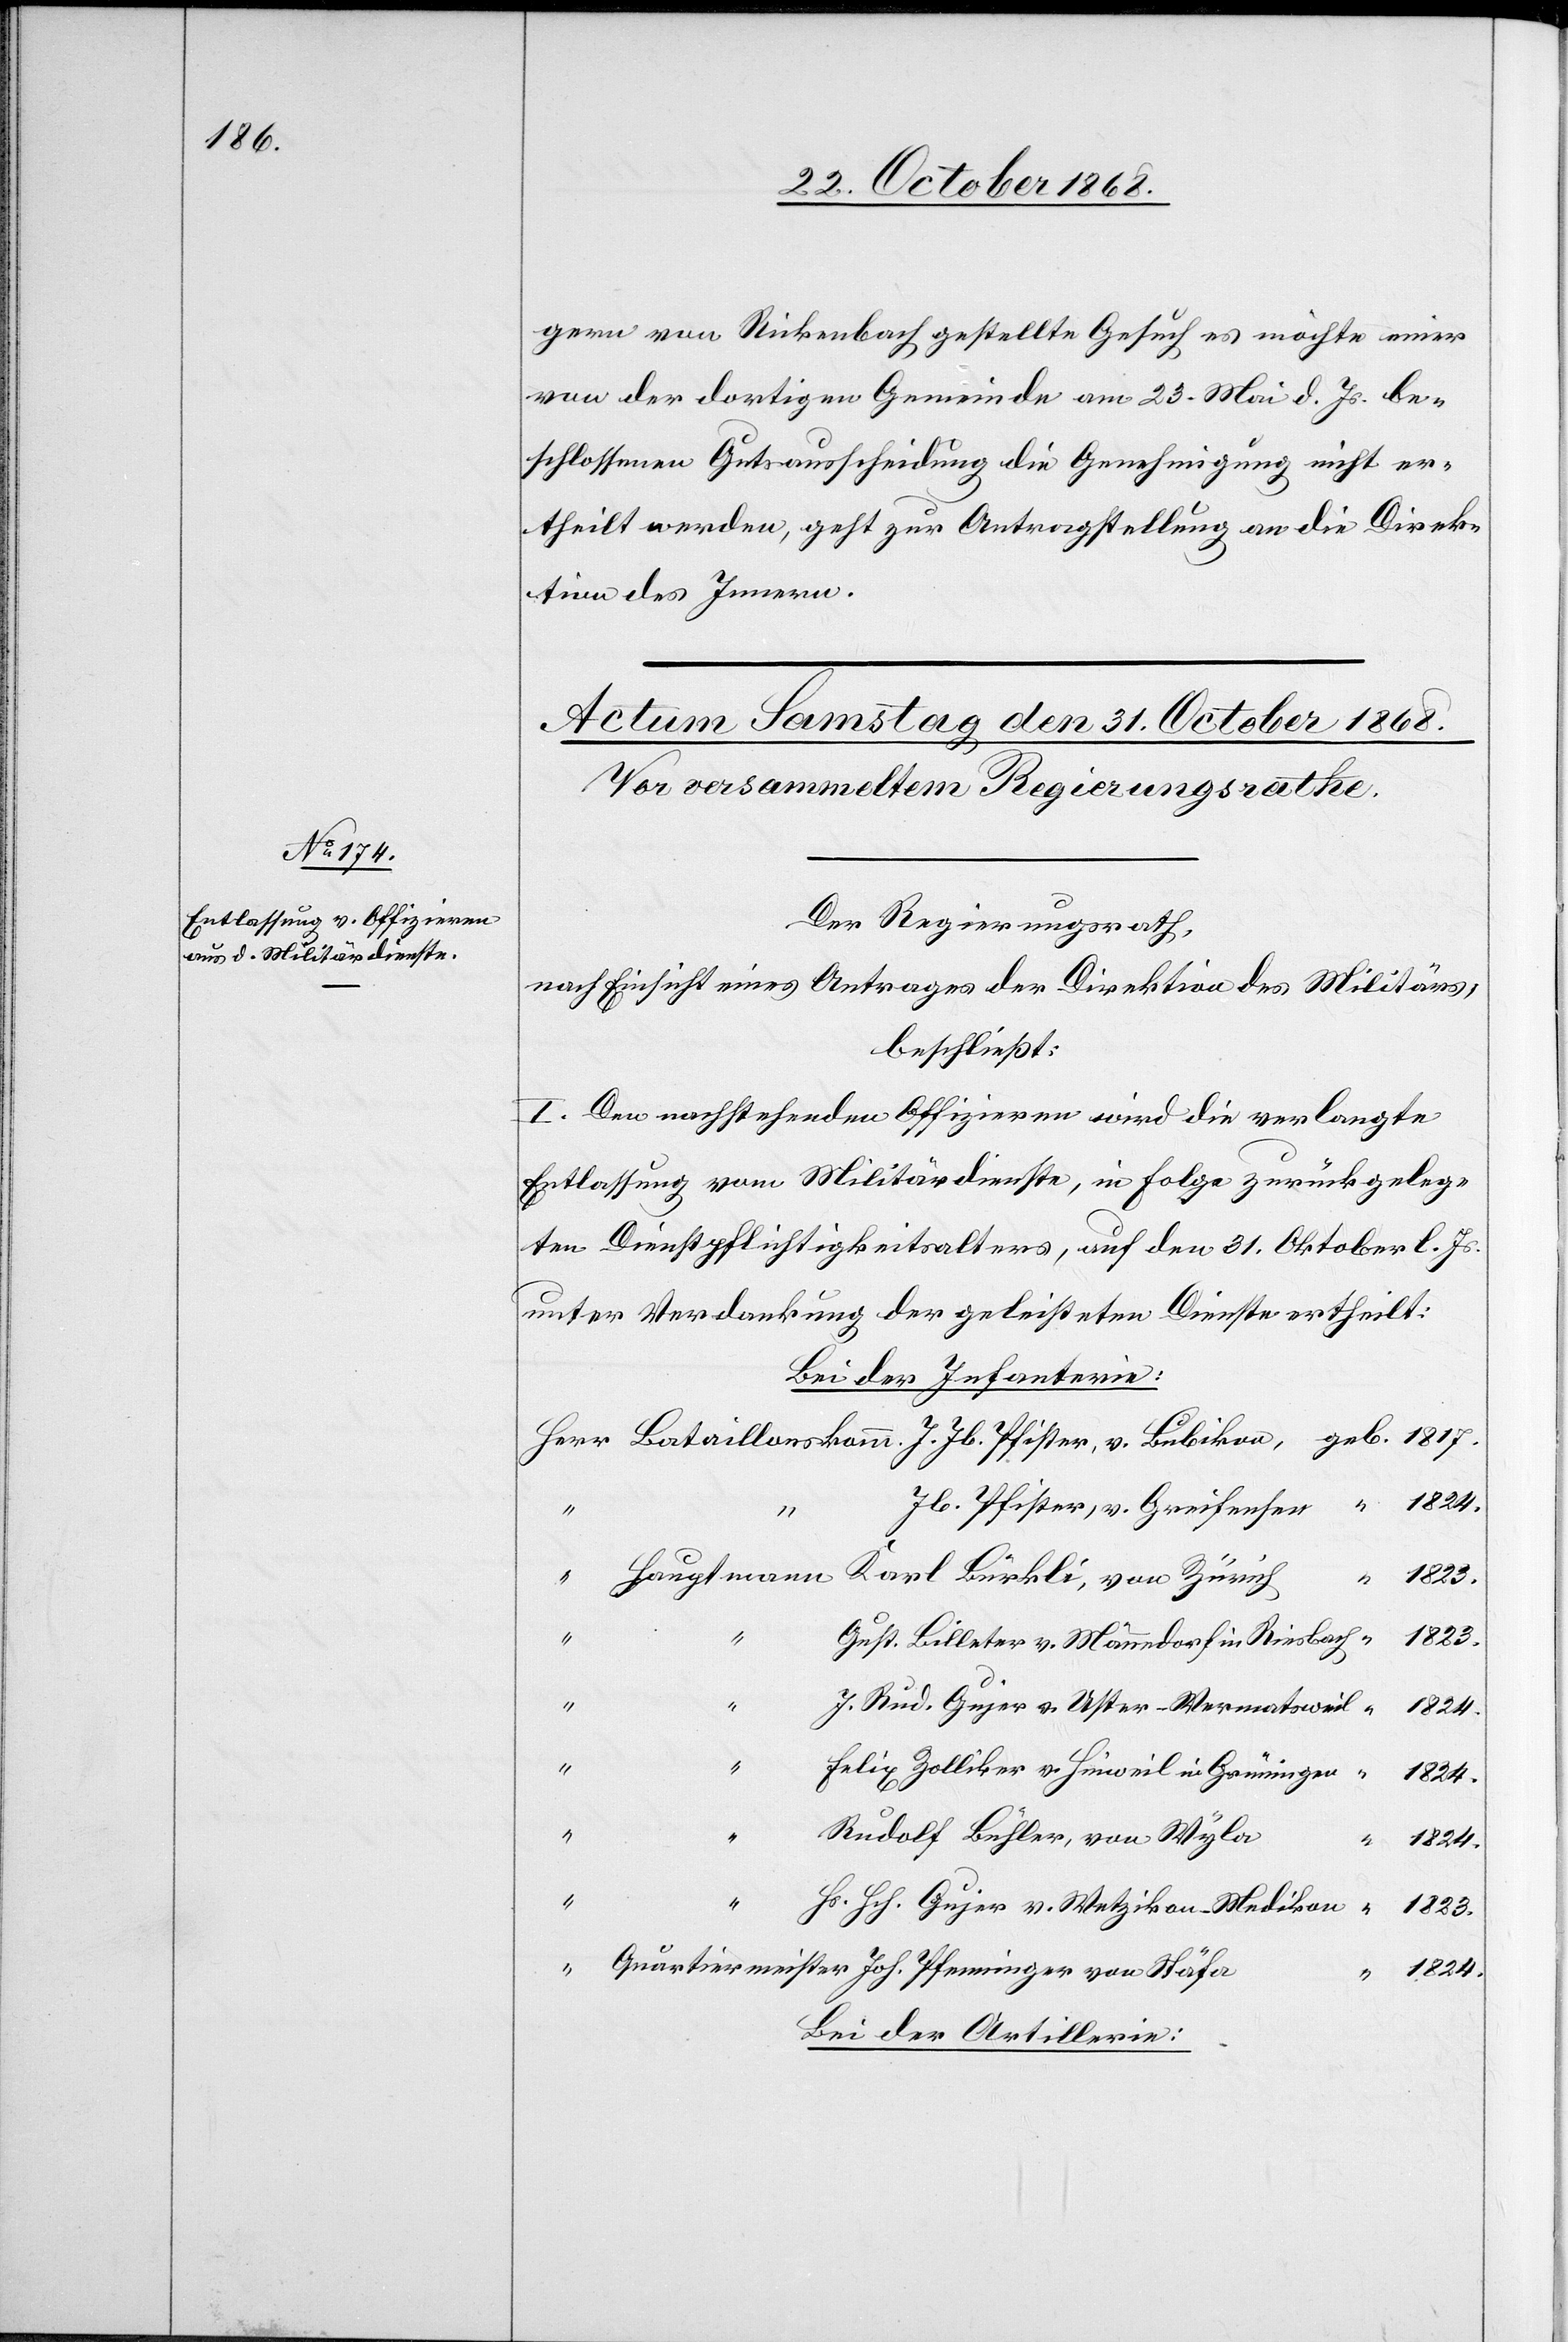
gern von Rickenbach gestellte Gesuch es möchte einer
von der dortigen Gemeinde am 23. Mai d. Js. be¬
schlossenen Gutsausscheidung die Genehmigung nicht er¬
theilt werden, geht zur Antragstellung an die Direk¬
tion des Innern.
Der Regierungsrath,
nach Einsicht eines Antrages der Direktion des Militärs,
beschließt:
I. Den nachstehenden Offizieren wird die verlangte
Entlassung vom Militärdienste, in Folge zurückgeleg¬
ten Dienstpflichtigkeitsalters, auf den 31. Oktober l. Js.
unter Verdankung der geleisteten Dienste ertheilt:
Bei der Infanterie:
Jb. Pfister, v. Greifensee
1817.
Karl Bürkli, von Zürich
Hauptmann
“
Gust. Billeter v. Männedorf in Riesbach
J. Rud. Gujer v. Uster - Wermatsweil
“
Felix Zolliker v. Hinweil in Grüningen
Rudolf Bühler, von Wyla
“
“
1824.
Hs. Hch. Gujer v. Wetzikon - Medikon
1823.
Quartiermeister Joh. Pfenninger von Stäfa
v.
Bei der Artillerie: